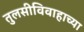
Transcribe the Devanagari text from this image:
तुलसीविवाहाच्या